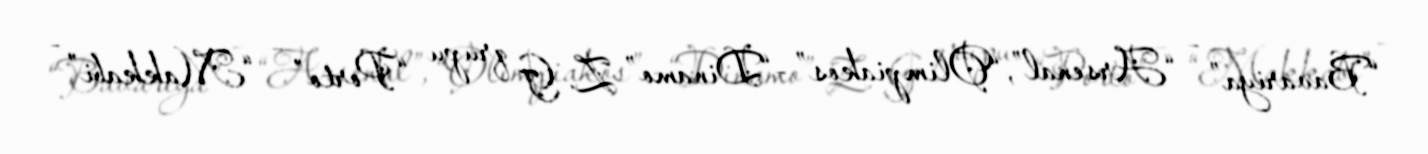
“Bavariya” - “Arsenal”, “Olimpiakos” -“Dinamo” Z. G qrupu “Porto” – “Makkabi” -